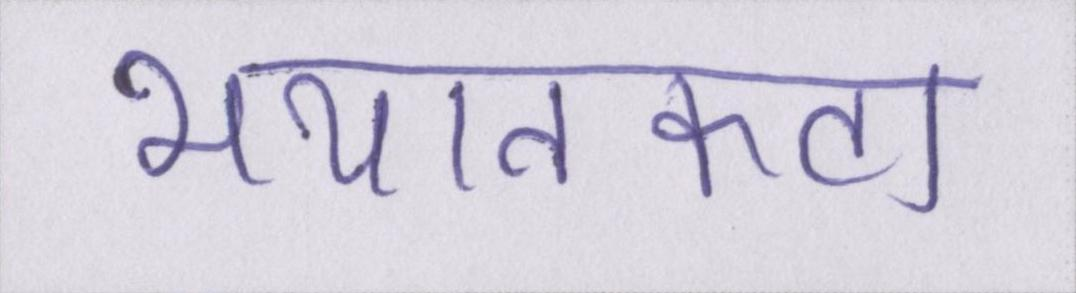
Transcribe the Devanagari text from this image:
भयानकता